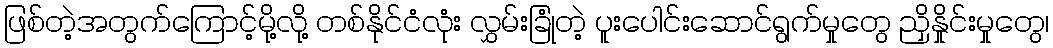
ဖြစ်တဲ့အတွက်ကြောင့်မို့လို့ တစ်နိုင်ငံလုံး လွှမ်းခြုံတဲ့ ပူးပေါင်းဆောင်ရွက်မှုတွေ ညှိနှိုင်းမှုတွေ၊